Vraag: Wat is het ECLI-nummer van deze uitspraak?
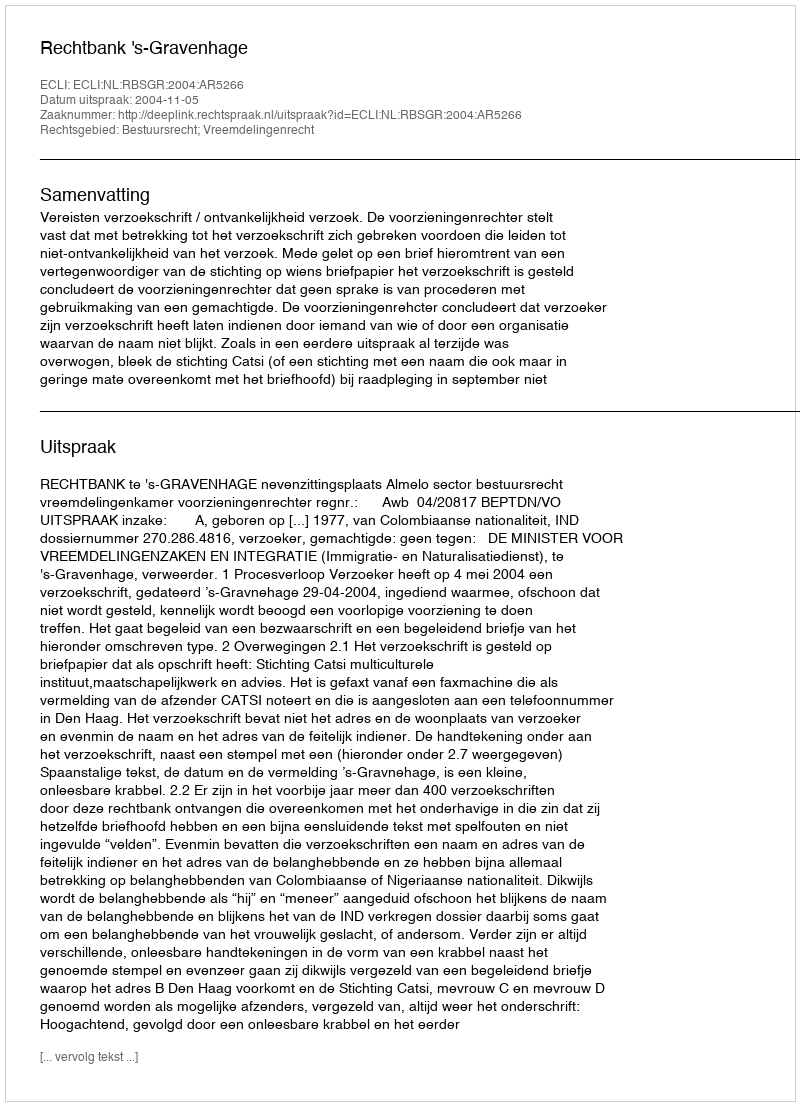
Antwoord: ECLI:NL:RBSGR:2004:AR5266